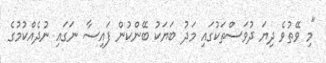
"މި ވޭތުވެ ދިޔަ ދުވަސްތަކުގައި މަދު ބަޔަކު ބޭންކުން ފައިސާ ނަގައި ނުދެއްކުމުގެ